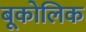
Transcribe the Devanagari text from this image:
बूकोलिक